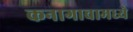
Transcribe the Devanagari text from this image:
कनागावामध्ये